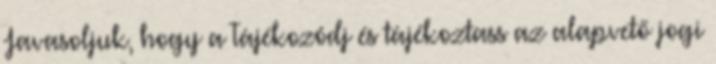
Javasoljuk, hogy a Tájékozódj és tájékoztass az alapvető jogi